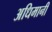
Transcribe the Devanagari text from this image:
अधिमानी